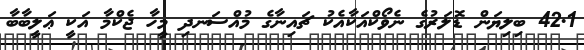
42.1 ބިލިޔަން ޑޮލަރުގެ ނެވޯކްްއަކާއެކު ޗައިނާގެ މުއްސަނދި މީހާ ޖެކްމާ އަކީ ޢަލީބާބާ